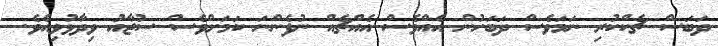
ދަބަސް ޗެކްކުރި ނަމަވެސް ދަބަހުން އެއްވެސް އެއްޗެއް ނުފެންނަ ކަމަށްވެސް ސުޖާއު ވިދާޅުވިއެވެ.